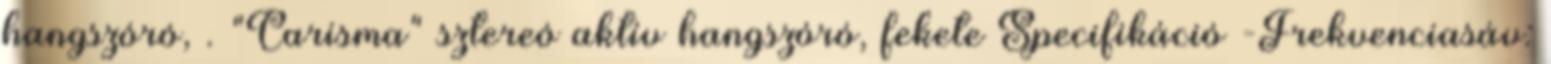
hangszóró, . "Carisma" sztereó aktív hangszóró, fekete Specifikáció -Frekvenciasáv: